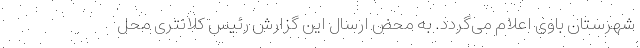
شهرستان باوی اعلام می‌گردد. به محض ارسال این گزارش رئیس کلانتری محل